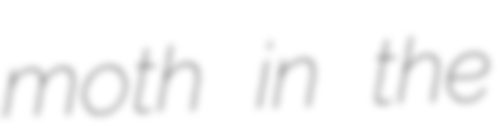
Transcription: moth in the